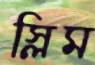
স্লিম